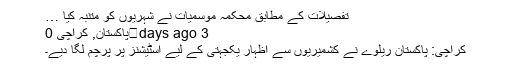
تفصیلات کے مطابق محکمہ موسمیات نے شہریوں کو متنبہ کیا …
3 days ago	پاکستان, کراچی 0
کراچی: پاکستان ریلوے نے کشمیریوں سے اظہار یکجہتی کے لیے اسٹیشنز پر پرچم لگا دیے۔